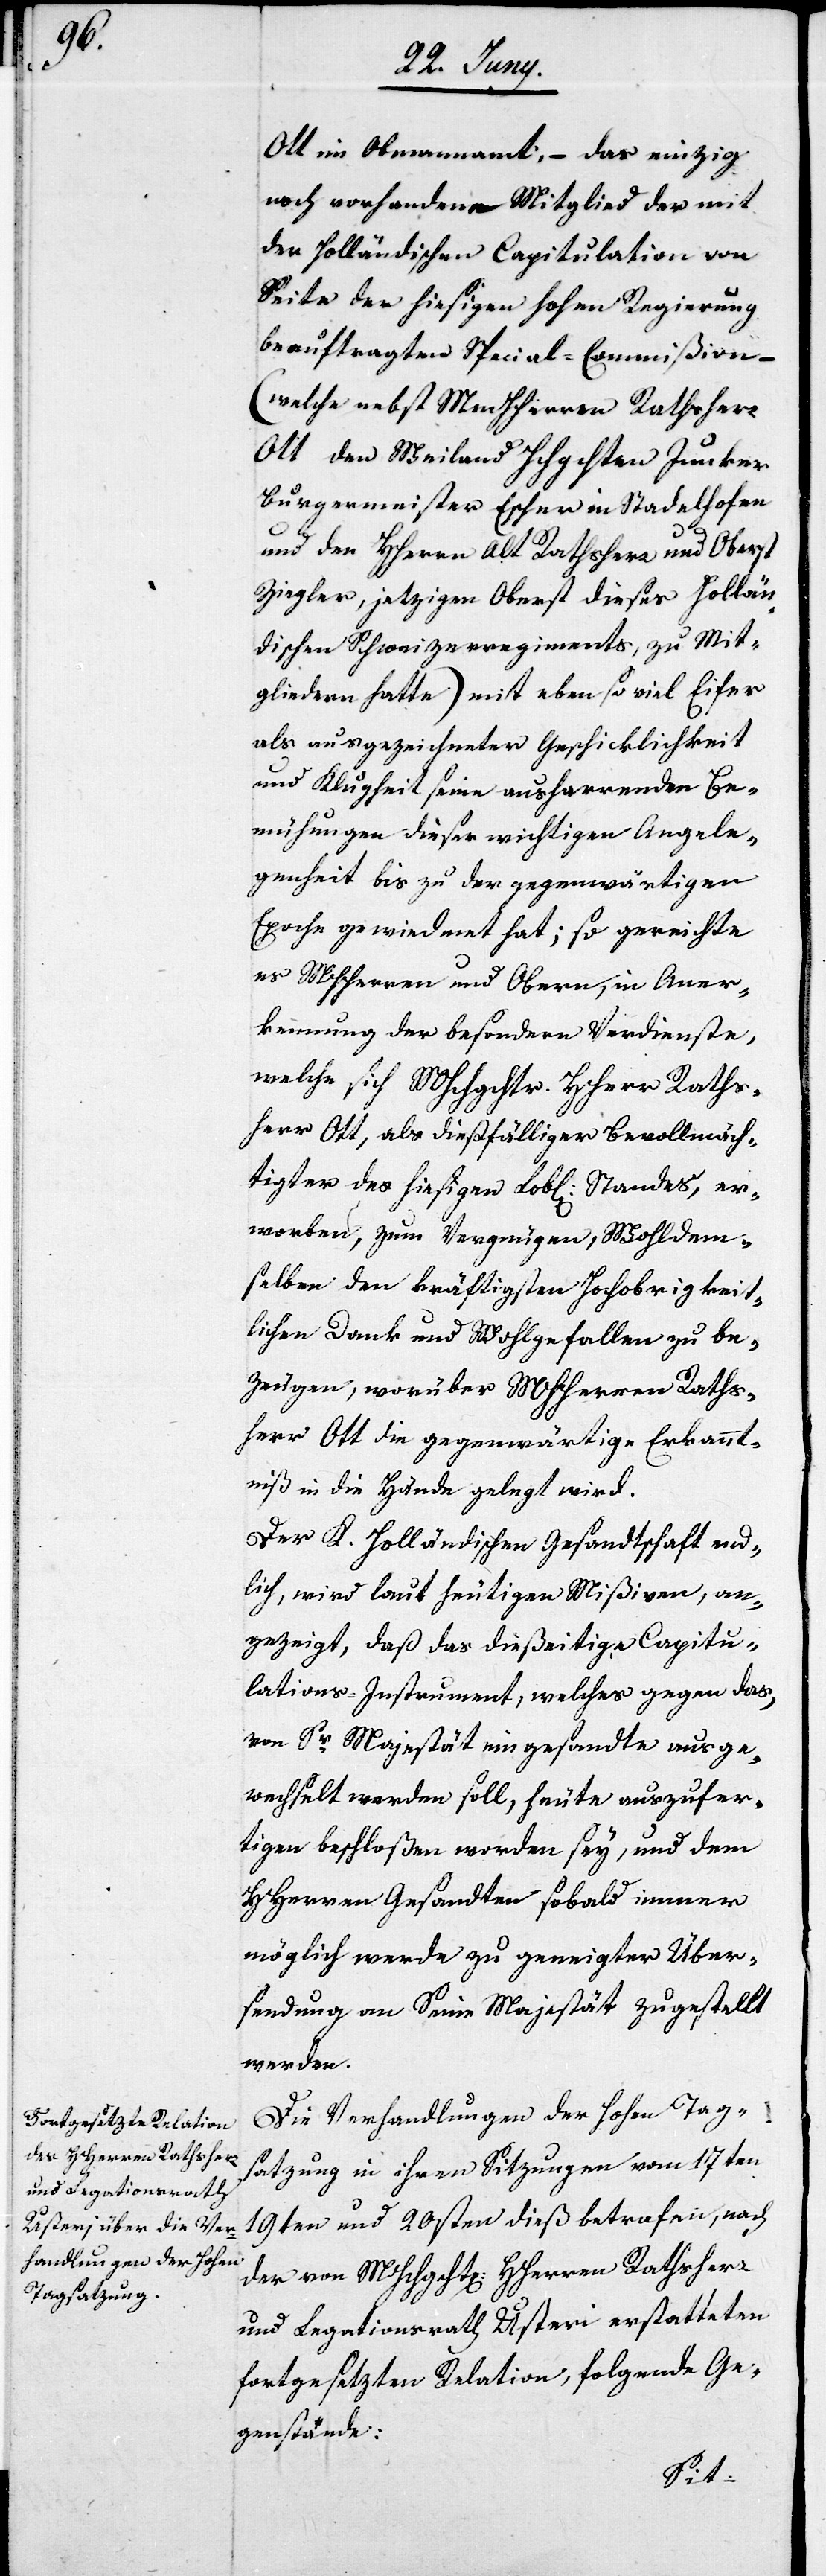
Ott im Obmannamt, – das einzig
noch vorhandene Mitglied der mit
der Holländischen Capitulation von
Seite der hiesigen hohen Regierung
beauftragten Special-Commißion –
(welche nebst MmHHerren Rathsherr
Ott den Meiland Hchgchten Junker
Burgermeister Escher in Stadelhofen
und den HHerrn Alt Rathsherr und Oberst
Ziegler, jetzigen Oberst dieses Hollän¬
dischen Schweizerregiments, zu Mit¬
gliedern hatte) mit eben so viel Eifer
als ausgezeichneter Geschicklichkeit
und Klugheit seine ausharrenden Be¬
mühungen dieser wichtigen Angele¬
genheit bis zu der gegenwärtigen
Epoche gewiedmet hat; so gereichte
es MHHerren und Obern in Aner¬
kennung der besondern Verdienste,
welche sich MHchgchtr HHerr Raths¬
herr Ott, als dießfälliger Bevollmäch¬
tigter des hiesigen Lob[lichen] Standes, er¬
worben, zum Vergnügen, Wohldem¬
selben den kräftigsten Hochobrigkeit¬
lichen Dank und Wohlgefallen zu be¬
zeugen, worüber MHHerren Raths¬
herr Ott die gegenwärtige Erkannt¬
niß in die Hände gelegt wird.
Der K. Holländischen Gesandtschaft end¬
lich, wird laut heutigen Mißiven, an¬
gezeigt, daß das dießeitige Capitu¬
lations-Instrument, welches gegen das
von Sr Majestät eingesandte ausge¬
wechselt werden soll, heute auszufer¬
tigen beschloßen worden sey, und dem
Herren Gesandten sobald immer
möglich werde zu geneigter Über¬
sendung an Seine Majestät zugestellt
werden.
Die Verhandlungen der Hohen Tag¬
satzung in ihren Sitzungen vom 17ten[,]
19ten und 20sten dieß betrafen, nach
der von MHhgcht[en]. HHerren Rathsherr
und Legationrath Usteri erstatteten
fortgesetzten Relation, folgende Ge¬
genstände: